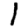
Digit: 1